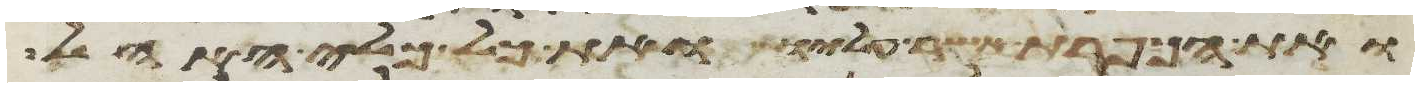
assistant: ואת הכפרת אשר עליו ואת כל כלי האהל